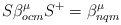
\begin{align*}S \beta^{\mu}_{ocm} S^{+} = \beta^{\mu}_{nqm}\end{align*}